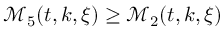
\mathcal { M } _ { 5 } ( t , k , \xi ) \geq \mathcal { M } _ { 2 } ( t , k , \xi )